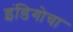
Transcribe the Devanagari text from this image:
इंडिगोचा